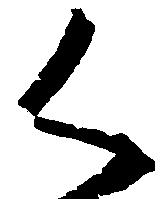
く